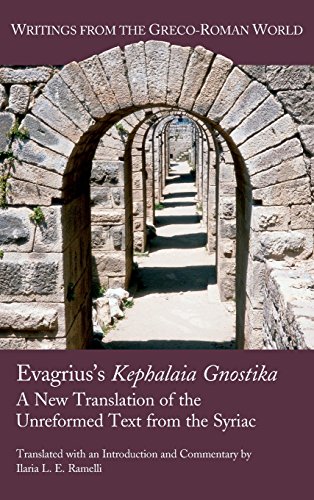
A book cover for Evagrius's Kephalaia Gnostika: A New Translation of the Unreformed Text from the Syriac (Writings from the Greco-Roman World); Ilaria L. E. Ramelli; Christian Books & Bibles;